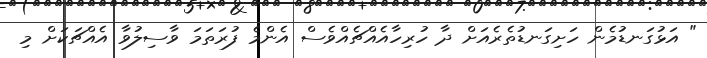
" އަޅުގަނޑުމެން ހަށިގަނޑުތެރެއަށް ދާ ހުރިހާއެއްޗެއްވެސް އެންމެ ފުރަތަމަ ވާސިލުވާ އެއްޗަކަށް މި